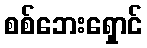
စစ်ဘေးရှောင်